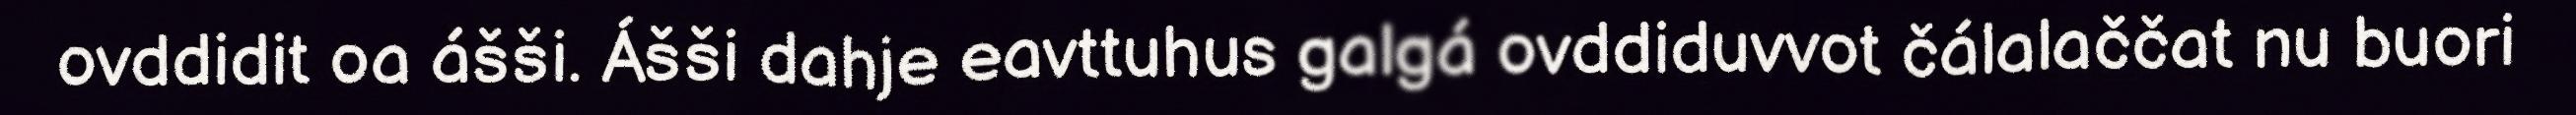
ovddidit oa ášši. Ášši dahje eavttuhus galgá ovddiduvvot čálalaččat nu buori